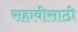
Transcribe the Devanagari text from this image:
सहावीसाठी